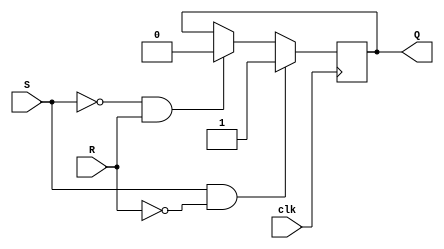
module gated_sr_ff (
    input S, // set input
    input R, // reset input
    input clk, // clock input
    output reg Q // output
);

reg Q_next;

always @(posedge clk) begin
    if (S & !R) begin
        Q_next <= 1; // set Q
    end else if (!S & R) begin
        Q_next <= 0; // reset Q
    end else if (S & R) begin
        Q_next <= Q; // maintain previous state
    end
end

assign Q = Q_next;

endmodule